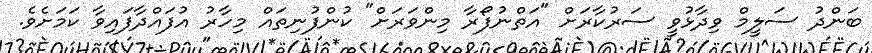
ބަންދު ސަލީމް ވިދާޅުވީ ސަރުކާރަށް "އަތްނުފޯރާ މިންވަރަށް" ކުންފުނިތައް މިހާރު އުފައްދާފައިވާ ކަމަށެވެ.